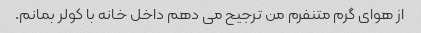
از هوای گرم متنفرم من ترجیح می دهم داخل خانه با کولر بمانم.